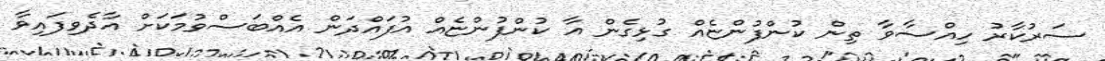
ސަރުކާރު ހިއްސާވާ ތިން ކުންފުންޏެއް ގުޅިގެން އާ ކުންފުންޏެއް އުފައްދަން އެއްބަސްވުމަކަށް އާދެވިފައިވާ